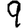
Digit: 9